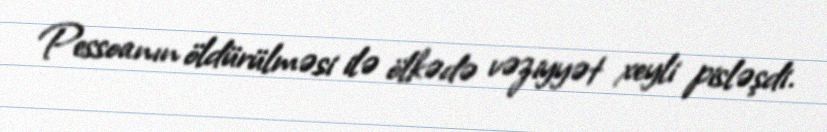
Pessoanın öldürülməsi ilə ölkədə vəziyyət xeyli pisləşdi.